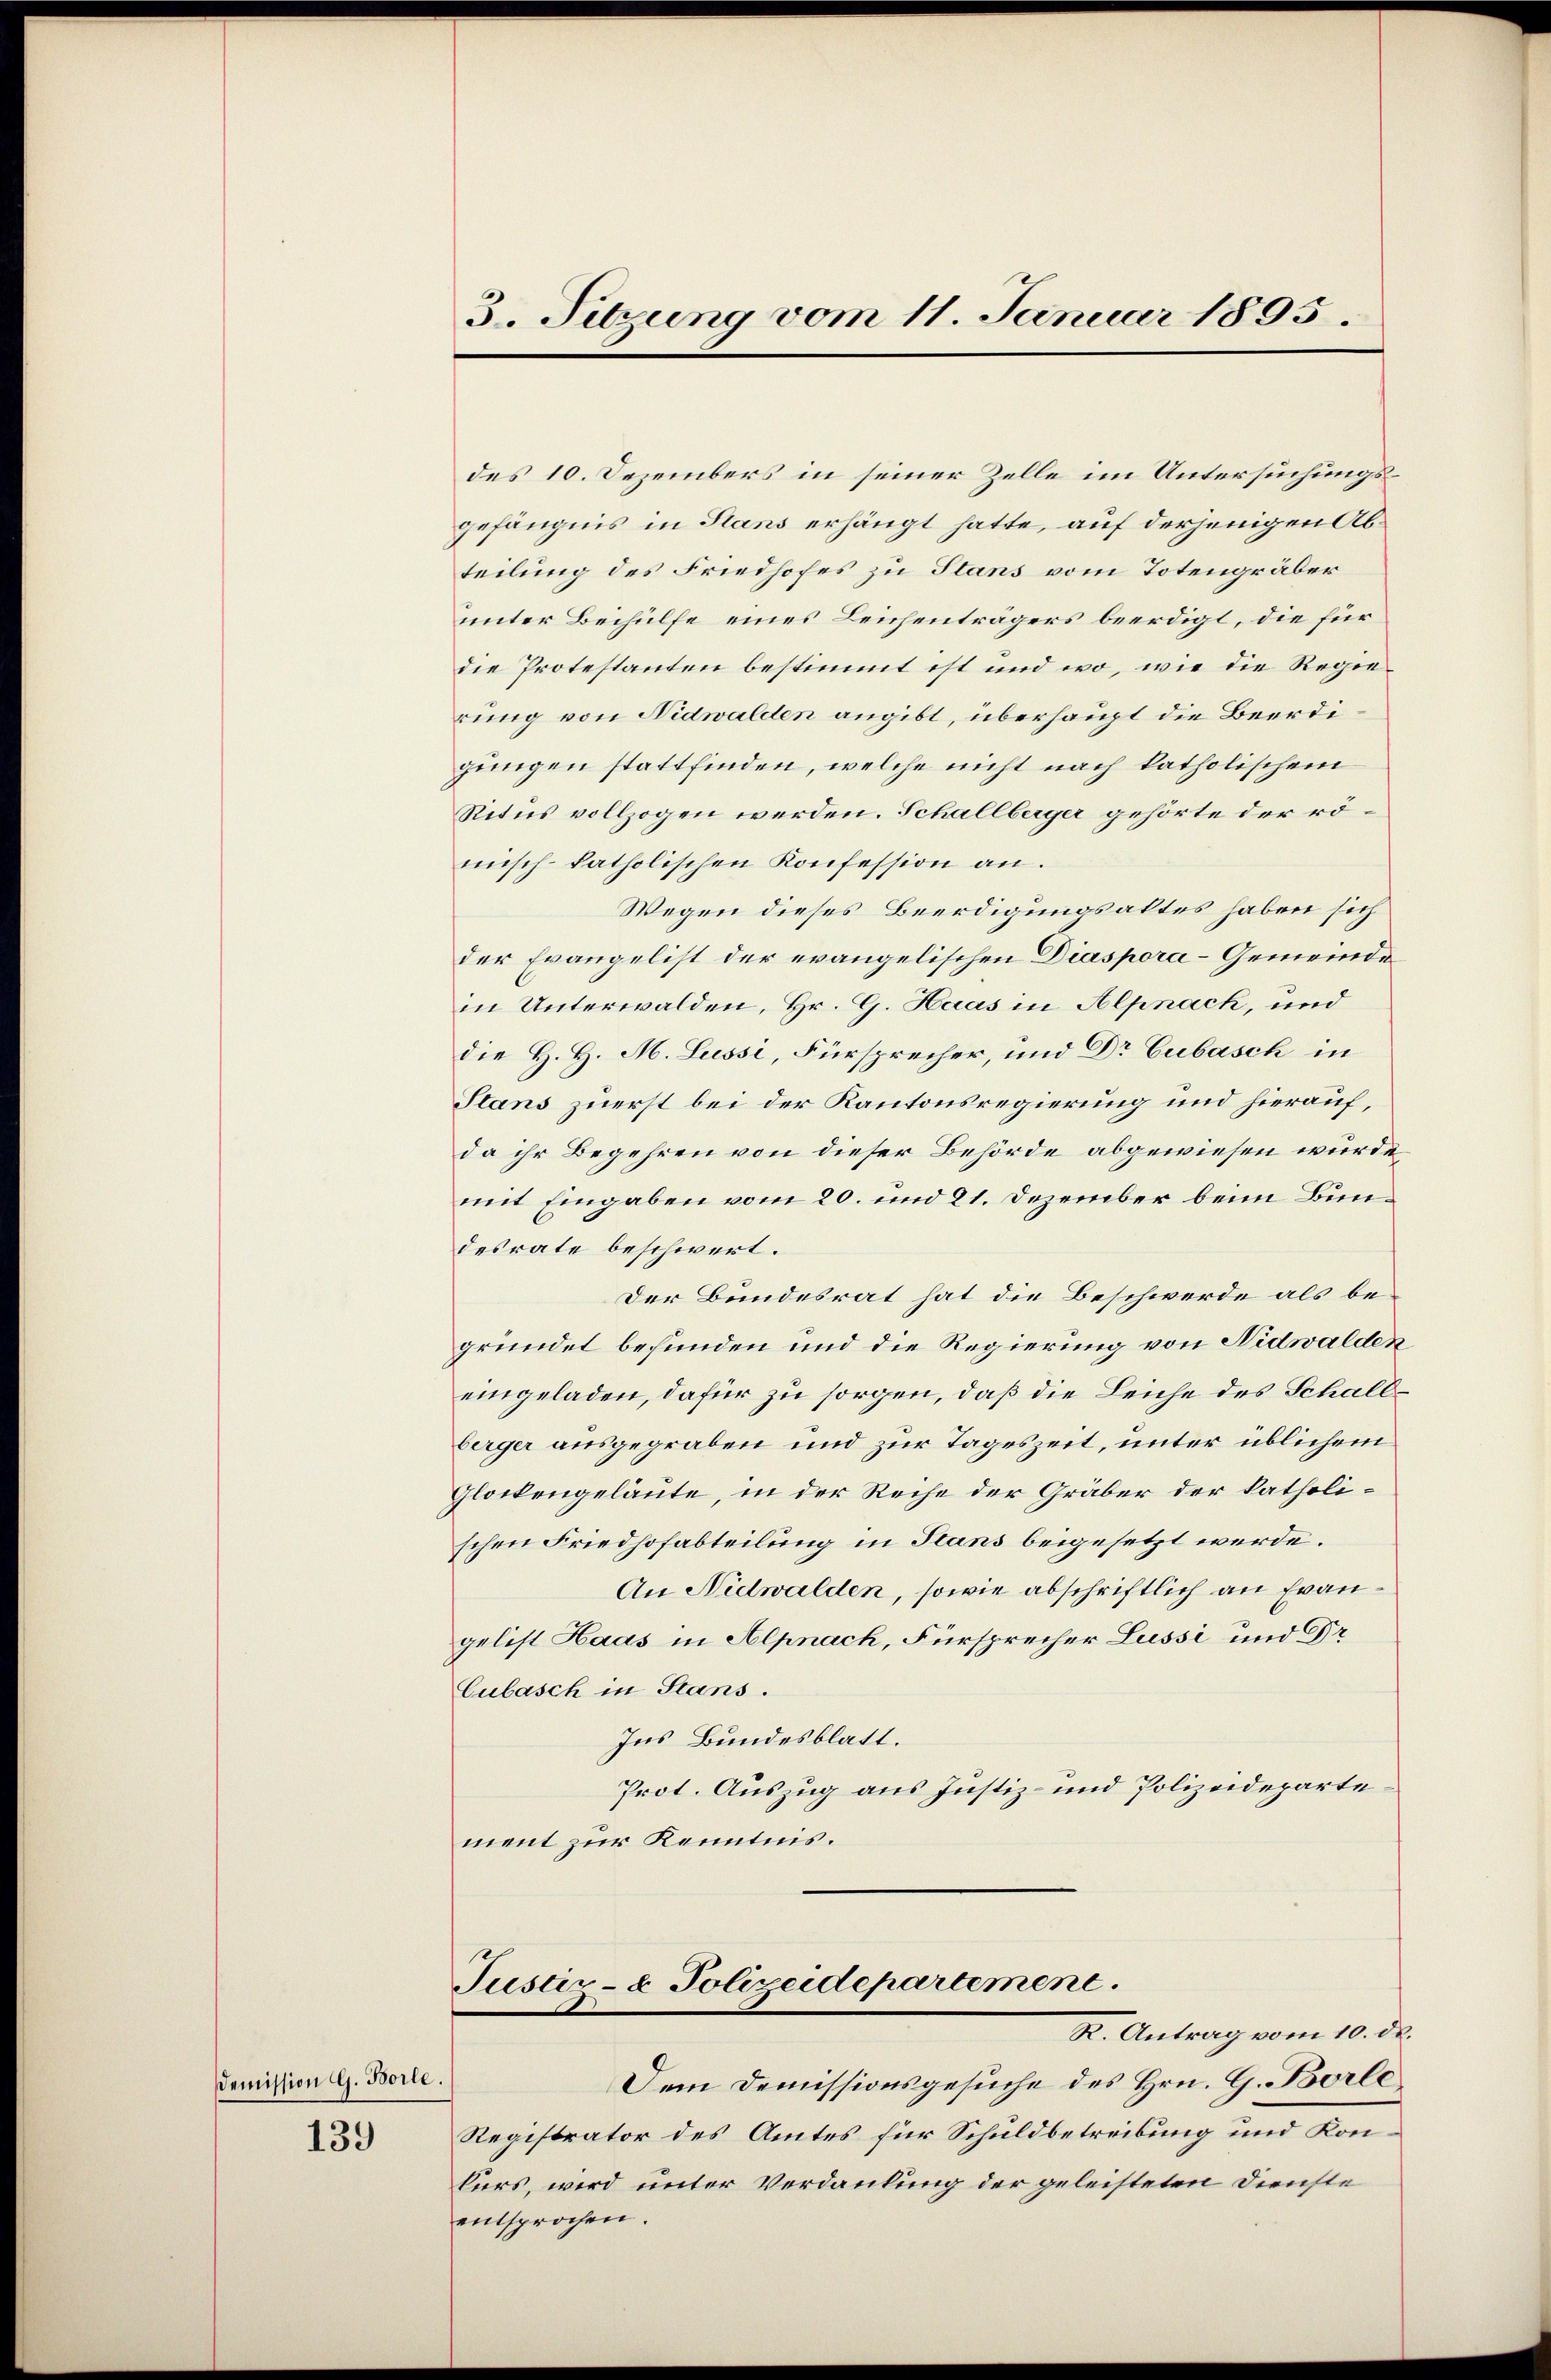
Demission G. Borle.
139

3. Sitzung vom 11. Januar 1895.

des 10. Dezembers in seiner Zelle im Untersuchungsgefängnis in Stans erhängt hatte, auf derjenigen Abteilung des Friedhofes zu Stans vom Totengräber
unter Beihülfe eines Leichenträgers beerdigt, die für
die Protestanten bestimmt ist und wo, wie die Regierung von Nidwalden angibt, überhaupt die Beerdigungen stattfinden, welche nicht nach katholischem
Ritus vollzogen werden. Schallberger gehörte der römisch katholischen Konfession an.
Wegen dieses Beerdigungsaltes haben sich
der Evangelist der evangelischen Diaspora-Gemeinde
in Unterwalden, Hr. G. Haas in Alpnach, und
die H. H. M. Lussi, Fürsprecher, und Dr Cubasch in
Slans zuerst bei der Kantonsregierung und hierauf,
da ihr Begehren von dieser Behörde abgewiesen wurde
mit Eingaben vom 20. und 21. Dezember beim Bundesrate beschwert.
Der Bundesrat hat die Beschwerde als begründet befunden und die Regierung von Nidwalden,
eingeladen, dafür zu sorgen, daß die Leiche des Schallberger ausgegraben und zur Tageszeit, unter üblichem
Glockengeläute, in der Reihe der Gräber der katholischen Friedhofabteilung in Stans beigesetzt werde.
An Nidwalden, sowie abschriftlich an Frangelist Haas in Alpnach, Fürsprecher Lussi und Dr
Culasch in Stans.
Ins Bundesblatt.
Prot. Auszug aus Justiz- und Polizeidepartement zur Kenntnis.
Justiz- & Polizeidepartement.
R. Antrag vom 10. ds.
Dem Demissionsgesuche des Hrn. G. Borle
Registrator des Amtes für Schuldbetreibung und Kon¬
Cirs, wird unter Verdankung der geleisteten Dienste
entsprochen.